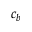
c _ { b }